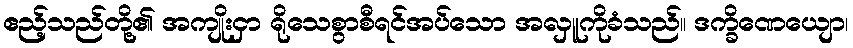
ဧည့်သည်တို့၏ အကျိုးငှာ ရိုသေစွာစီရင်အပ်သော အလှူကိုခံသည်။ ဒက္ခိဏေယျော၊